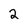
Character: 2